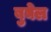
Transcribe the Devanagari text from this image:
बुघेल